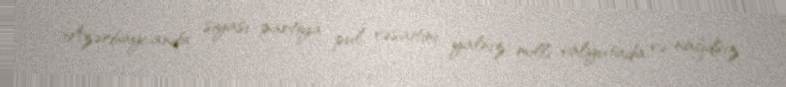
Azərbaycanda siyasi partiya pul vəsaitini yalnız milli valyutada və nağdsız